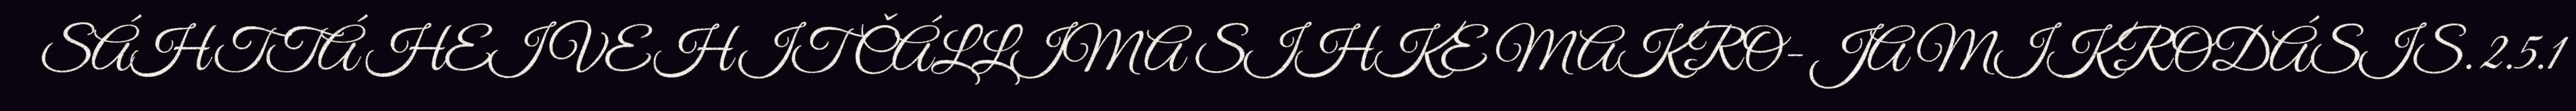
SÁHTTÁ HEIVEHIT ČÁLLIMA SIHKE MAKRO- JA MIKRODÁSIS. 2.5.1